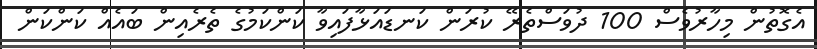
އެގޮތުން މިހާރުވެސް 100 ދުވަސްތެރޭ ކުރަން ކަނޑައަޅާފައިވާ ކަންކަމުގެ ތެރެއިން ބައެއް ކަންކަން